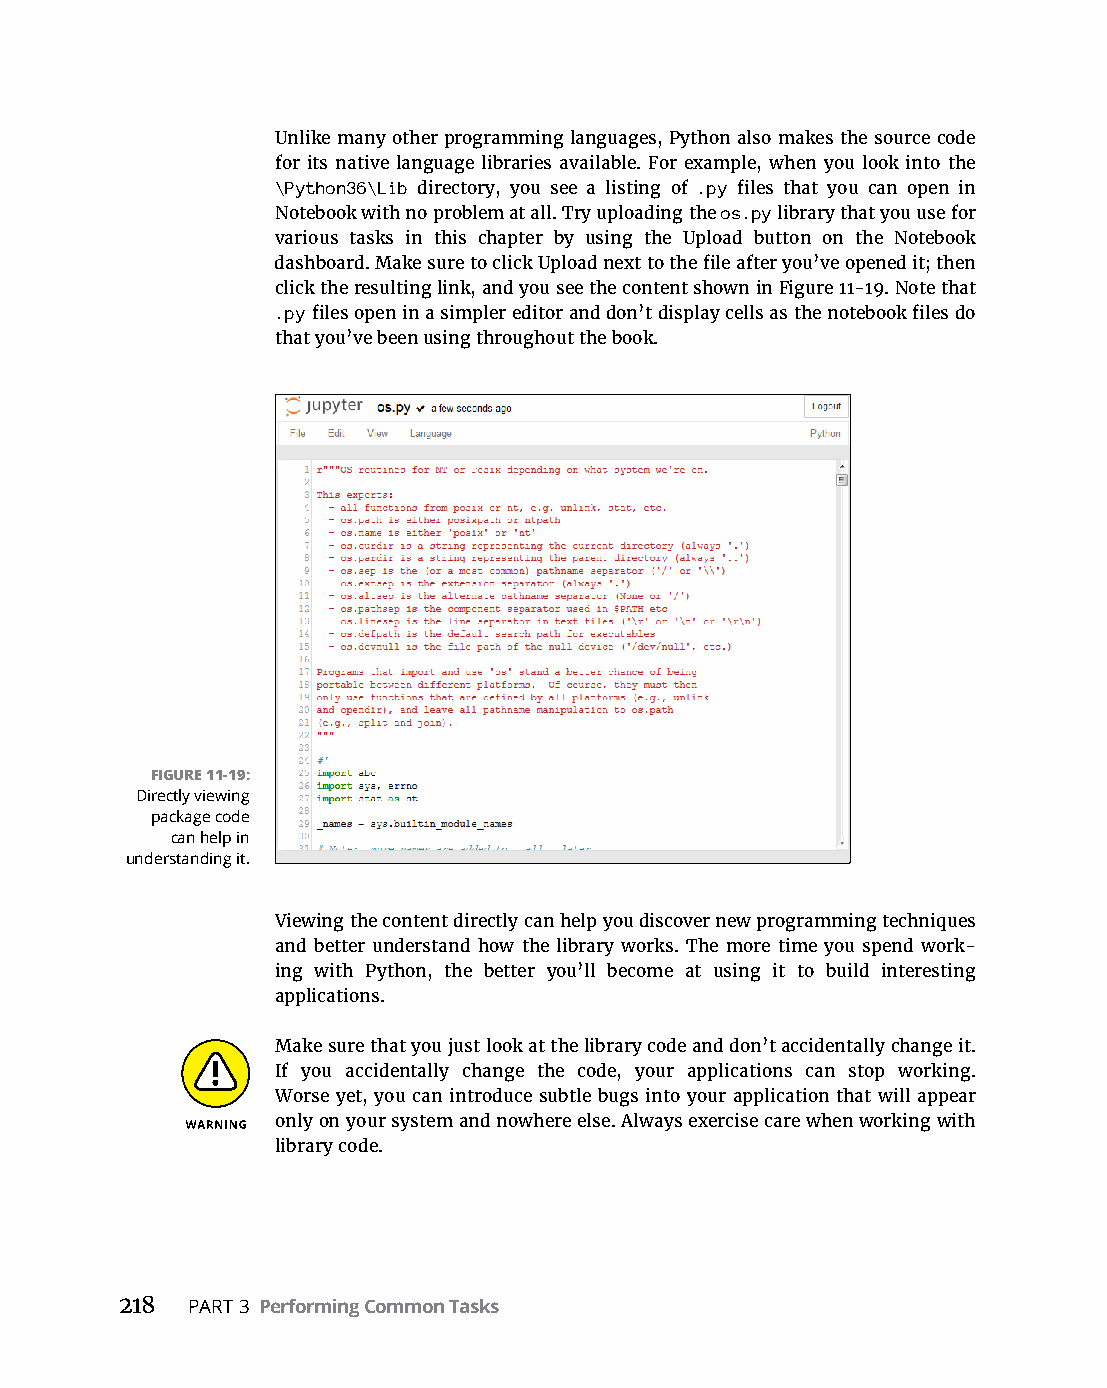
Unlike­many­other­programming­languages,­Python­also­makes­the­source­code­
 for its native language libraries available. For example, when you look into the
 \Python36\Lib directory, you see a listing of .py­files­that­you­can­open­in­
 Notebook with no problem at all. Try uploading the os.py library that you use for
 various­tasks­in­this­chapter­by­using­the­Upload­button­on­the­Notebook­
 ­dashboard.­Make­sure­to­click­Upload­next­to­the­file­after­you’ve­opened­it;­then­
 click­the­resulting­link,­and­you­see­the­content­shown­in­Figure 11-19.­Note­that­
 .py­files­open­in­a­simpler­editor­and­don’t­display­cells­as­the­notebook­files­do­
 that­you’ve­been­using­throughout­the­book.
 FIGURE 11-19:
 Directly viewing
 package code
 can help in
 understanding it.
 Viewing the content directly can help you discover new programming techniques
 and better understand how the library works. The more time you spend work-
 ing with­ Python,­ the­ better­ you’ll­ become­ at­ using­ it­ to­ build­ interesting­
 applications.
 Make­sure­that­you­just­look­at­the­library­code­and­don’t­accidentally­change­it.­
 If you accidentally change the code, your applications can stop working.
 Worse yet,­you­can­introduce­subtle­bugs­into­your­application­that­will­appear­
 only­on your­system­and­nowhere­else.­Always­exercise­care­when­working­with­
 library code.
 218 PART 3 Performing Common Tasks